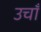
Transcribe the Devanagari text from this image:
उचॉं